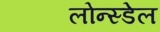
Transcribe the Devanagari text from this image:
लोन्स्डेल